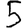
Digit: 5